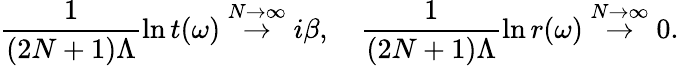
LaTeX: \frac{1}{(2N+1)\Lambda}\ln t(\omega)\stackrel{N\rightarrow\infty}{\rightarrow}i\beta,\ \ \ \ \frac{1}{(2N+1)\Lambda}\ln r(\omega)\stackrel{N\rightarrow\infty}{\rightarrow}0.